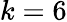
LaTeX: k=6